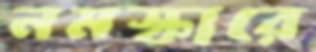
নমস্কারে